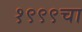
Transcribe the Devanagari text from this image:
१९९९चा